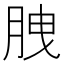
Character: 𦛈